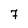
Character: 7